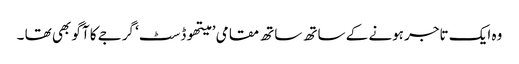
وہ ایک تاجر ہونے کے ساتھ ساتھ مقامی ’ میتھوڈسٹ‘ گرجے کا آگو بھی تھا ۔